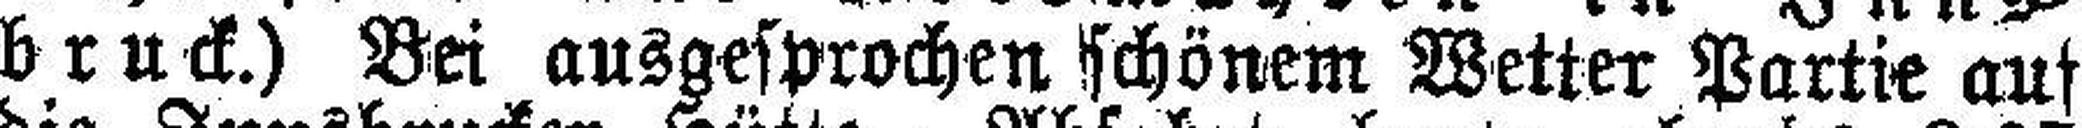
bruck.) Bei ausgesprochen schönem Wetter Partie auf